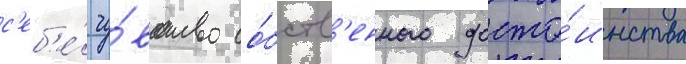
с'еб'е́ чу́вство со́бств'енного досто́инства